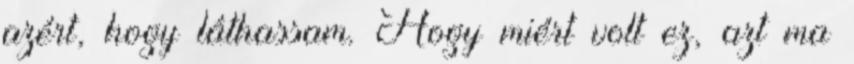
azért, hogy láthassam. Hogy miért volt ez, azt ma